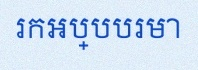
រកអប្បបរមា